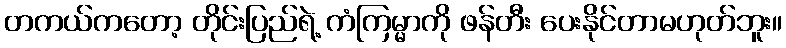
တကယ်ကတော့ တိုင်းပြည်ရဲ့ ကံကြမ္မာကို ဖန်တီး ပေးနိုင်တာမဟုတ်ဘူး။